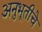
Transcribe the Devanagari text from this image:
अनुभूतीचे